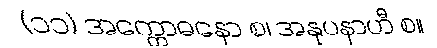
(၁၁) အက္ကောဓနော စ၊ အနုပနာဟီ စ။